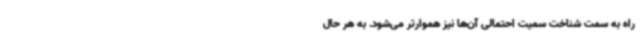
راه به سمت شناخت سمیت احتمالی آن‌ها نیز هموارتر می‌شود. به هر حال